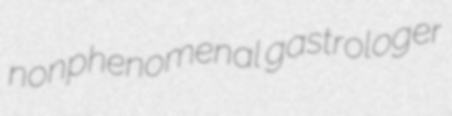
nonphenomenal gastrologer